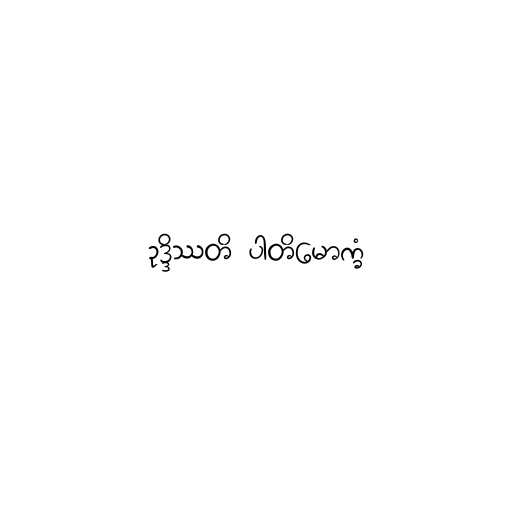
ဥဒ္ဒိဿတိ ပါတိမောက္ခံ